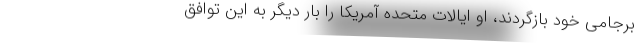
برجامی خود بازگردند، او ایالات متحده آمریکا را بار دیگر به این توافق